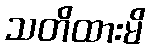
သတိထားမိ